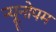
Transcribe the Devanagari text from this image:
न्यूनोपम